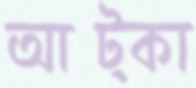
আট্‌কা